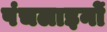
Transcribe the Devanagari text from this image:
पंचलाइनों